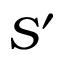
S ^ { \prime }